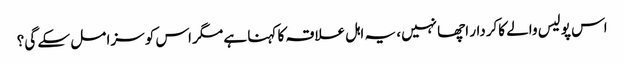
اس پولیس والے کاکردار اچھا نہیں، یہ اہل علاقہ کا کہنا ہے مگر اس کو سزا مل سکے گی؟